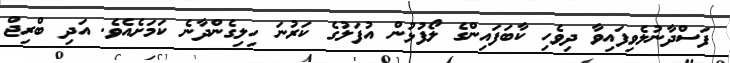
ފަސްދާނުލެވިފައިވާ ދިވެހި ކާބަފައިންގެ ލޯފުޅުން އުފަލުގެ ކަރުނަ ހިލިގެންދާނެ ކަމަށެއެވެ. އަދި ބްރިޖް